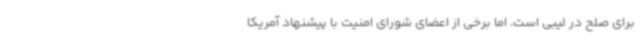
برای صلح در لیبی است، اما برخی از اعضای شورای امنیت با پیشنهاد آمریکا